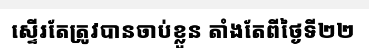
ស្ទើរតែត្រូវបានចាប់ខ្លួន តាំងតែពីថ្ងៃទី២២